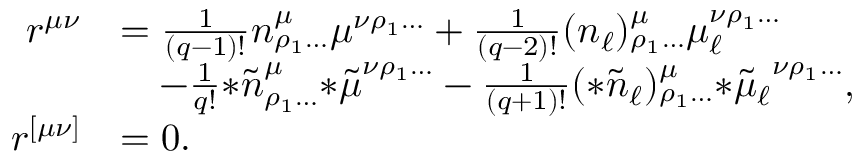
\begin{array} { r l } { r ^ { \mu \nu } } & { = \frac { 1 } { ( q - 1 ) ! } n ^ { \mu } _ { \rho _ { 1 } \ldots } \mu ^ { \nu \rho _ { 1 } \ldots } + \frac { 1 } { ( q - 2 ) ! } ( n _ { \ell } ) ^ { \mu } _ { \rho _ { 1 } \ldots } \mu _ { \ell } ^ { \nu \rho _ { 1 } \ldots } } \\ & { \quad - \frac { 1 } { q ! } { * \tilde { n } } ^ { \mu } _ { \rho _ { 1 } \ldots } { * \tilde { \mu } } ^ { \nu \rho _ { 1 } \ldots } - \frac { 1 } { ( q + 1 ) ! } ( { * \tilde { n } _ { \ell } } ) ^ { \mu } _ { \rho _ { 1 } \ldots } { * \tilde { \mu } _ { \ell } } ^ { \nu \rho _ { 1 } \ldots } , } \\ { r ^ { [ \mu \nu ] } } & { = 0 . } \end{array}